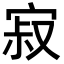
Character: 寂